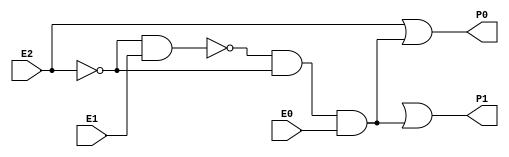
module Encoder(P0,P1,E0,E1,E2);

	input E2,E1,E0;
	output P1,P0;
	wire E2n,E2nn,nand2out,nand2outn,nand3out,nand3outn;
	not(E2n,E2);
	not(E2nn,E2n);
	nand(nand2out,E2n,E1);
	not(nand2outn,nand2out);
	nand(nand3out,nand2out,E2n,E0);
	not(nand3outn,nand3out);
	or(P1,nand2oun,nand3outn);
	or(P0,E2nn,nand3outn);
	
	
endmodule